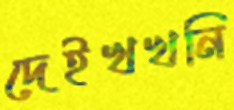
দেইখখনি